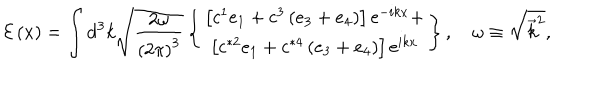
\mathcal { E } \left( x \right) = \int \mathrm { d } ^ { 3 } k \sqrt { \frac { 2 \omega } { \left( 2 \pi \right) ^ { 3 } } } \left\{ \begin{array} { c } { { \left[ c ^ { 1 } e _ { 1 } + c ^ { 3 } \left( e _ { 3 } + e _ { 4 } \right) \right] \mathrm { e } ^ { - i k x } + } } \\ { { \left[ c ^ { * 2 } e _ { 1 } + c ^ { * 4 } \left( e _ { 3 } + e _ { 4 } \right) \right] \mathrm { e } ^ { i k x } } } \\ \end{array} \right\} , \quad \omega \equiv \sqrt { \overrightarrow { k } ^ { 2 } } ,